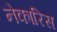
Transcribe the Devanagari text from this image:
नेकारिस